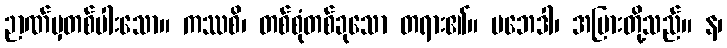
ဉာဏ်မှတစ်ပါးသော။ ကဿစိ၊ တစ်စုံတစ်ခုသော တရား၏။ ပဘေဒါ၊ အပြားတို့သည်။ န၊